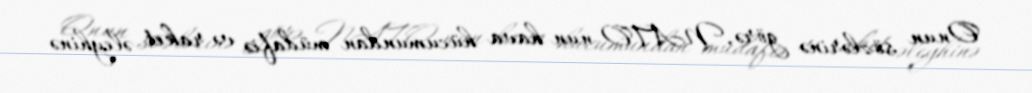
Onun sözlərinə görə, NATO-nun hava hücumundan müdafiə və raket əleyhinə